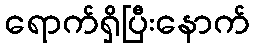
ရောက်ရှိပြီးနောက်